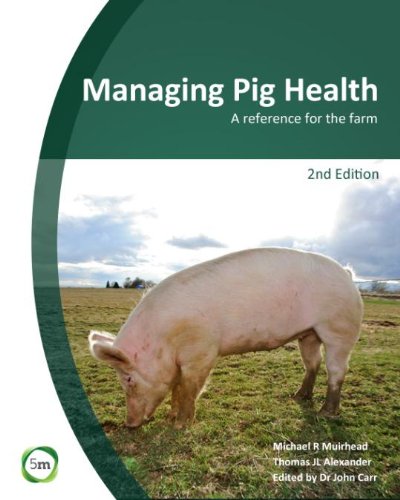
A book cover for Managing Pig Health: A Reference for the Farm; M.R. Muirhead; Medical Books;